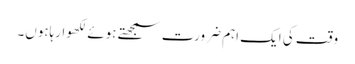
وقت کی ایک اہم ضرورت سمجھتے ہوئے لکھوارہاہوں۔